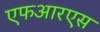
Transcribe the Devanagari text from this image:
एफआरएस